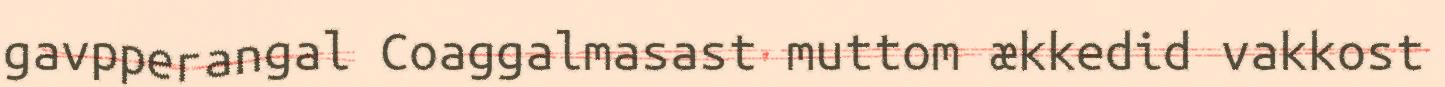
gavpperangal Coaggalmasast muttom ækkedid vakkost